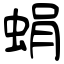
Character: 蜎